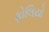
ફોલિયો